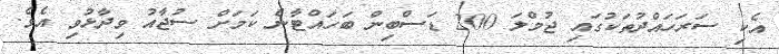
އެކި ސަރަހައްދުތަކުގައި ޖުމްލަ 200 ޑަސްބިން ބަހައްޓާނެ ކަމަށް ސުޖާއު ވިދާޅުވި އެވެ.